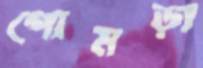
গোমড়া